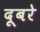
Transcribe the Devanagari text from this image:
दूबरे